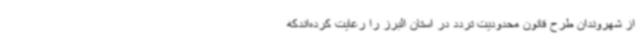
از شهروندان طرح قانون ‌محدودیت تردد در استان البرز را رعایت کرده‌اندکه